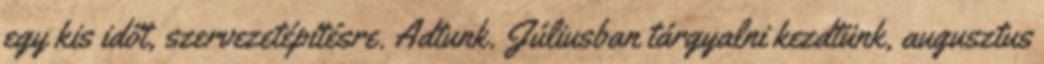
egy kis időt, szervezetépítésre. Adtunk. Júliusban tárgyalni kezdtünk, augusztus